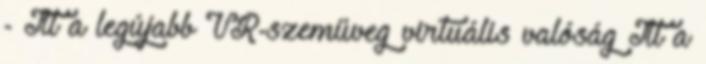
- Itt a legújabb VR-szemüveg virtuális valóság Itt a